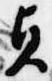
貞